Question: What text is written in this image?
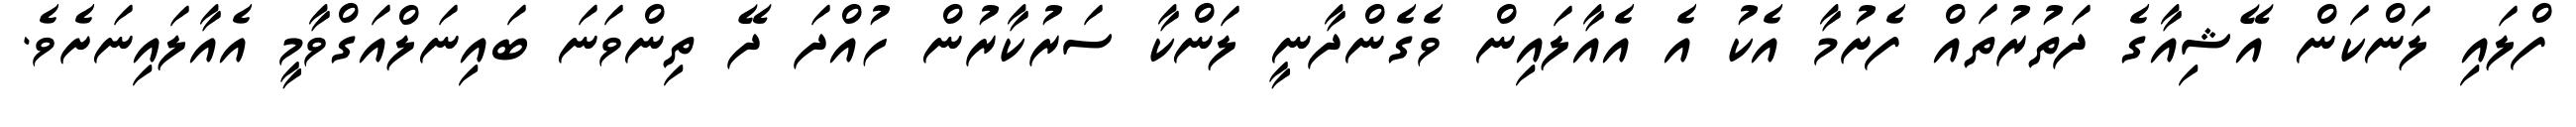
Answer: ފްލައި ލަންކަން އޭޝިއާގެ ދަތުރުތައް ފެށުމާ އެކު އެ އެއާލައިން ވެގެންދާނީ ލަންކާ ސަރުކާރުން ހުއްދަ ދޭ ތިންވަނަ ބައިނަލްއަގްވާމީ އެއާލައިނަށެވެ.